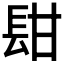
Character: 𨱫